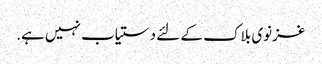
غزنوی بلاک کے لئے دستیاب نہیں ہے.